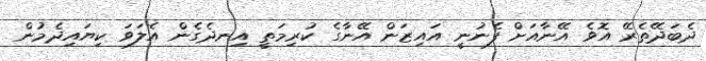
ދެބަދޭތެރޭ އޮވެ އޭނާއަށް ފެނުނީ އައިޒަން އޭނާގެ ކުރިމަތީ އިނދެގެން އެލަވަ ކިޔައިދެމުން